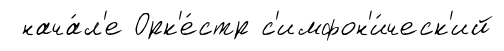
нача́л'е Орк'е́стр с'имфон'и́ческ'ий